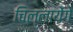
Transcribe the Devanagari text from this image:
चिल्लायेंगे